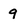
Character: 9